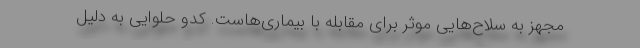
مجهز به سلاح‌هایی موثر برای مقابله با بیماری‌هاست. کدو حلوایی به دلیل